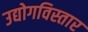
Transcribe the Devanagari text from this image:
उद्योगविस्तार